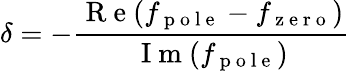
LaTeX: \delta=-\frac{\mathrm{~R~e~}(f_{\mathrm{~p~o~l~e~}}-f_{\mathrm{~z~e~r~o~}})}{\mathrm{~I~m~}(f_{\mathrm{~p~o~l~e~}})}